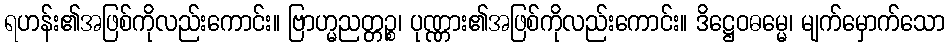
ရဟန်း၏အဖြစ်ကိုလည်းကောင်း။ ဗြာဟ္မညတ္တဉ္စ၊ ပုဏ္ဏား၏အဖြစ်ကိုလည်းကောင်း။ ဒိဋ္ဌေဝဓမ္မေ၊ မျက်မှောက်သော